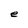
Character: e